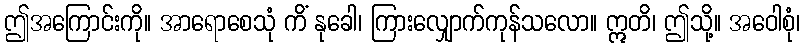
ဤအကြောင်းကို။ အာရောစေသုံ ကိံ နုခေါ၊ ကြားလျှောက်ကုန်သလော။ ဣတိ၊ ဤသို့။ အဝေါစုံ၊